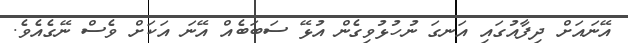
އޭނައަށް ދިފާއުގައި އަނގަ ނުހުޅުވިގެން އުޅޭ ސަބަބެއް އޭނަ އަކަށް ވެސް ނޭގެއެވެ.